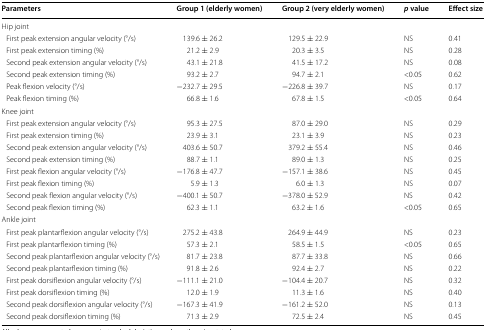
<table><thead><tr><td><b>Parameters</b></td><td><b>Group 1 (elderly women)</b></td><td><b>Group 2 (very elderly women)</b></td><td><b><i>p</i> value</b></td><td><b>Effect size</b></td></tr></thead><tbody><tr><td colspan="5">Hip joint</td></tr><tr><td> First peak extension angular velocity (°/s)</td><td>139.6 ± 26.2</td><td>129.5 ± 22.9</td><td>NS</td><td>0.41</td></tr><tr><td> First peak extension timing (%)</td><td>21.2 ± 2.9</td><td>20.3 ± 3.5</td><td>NS</td><td>0.28</td></tr><tr><td> Second peak extension angular velocity (°/s)</td><td>43.1 ± 21.8</td><td>41.5 ± 17.2</td><td>NS</td><td>0.08</td></tr><tr><td> Second peak extension timing (%)</td><td>93.2 ± 2.7</td><td>94.7 ± 2.1</td><td>&lt;0.05</td><td>0.62</td></tr><tr><td> Peak flexion velocity (°/s)</td><td>−232.7 ± 29.5</td><td>−226.8 ± 39.7</td><td>NS</td><td>0.17</td></tr><tr><td> Peak flexion timing (%)</td><td>66.8 ± 1.6</td><td>67.8 ± 1.5</td><td>&lt;0.05</td><td>0.64</td></tr><tr><td colspan="5">Knee joint</td></tr><tr><td> First peak extension angular velocity (°/s)</td><td>95.3 ± 27.5</td><td>87.0 ± 29.0</td><td>NS</td><td>0.29</td></tr><tr><td> First peak extension timing (%)</td><td>23.9 ± 3.1</td><td>23.1 ± 3.9</td><td>NS</td><td>0.23</td></tr><tr><td> Second peak extension angular velocity (°/s)</td><td>403.6 ± 50.7</td><td>379.2 ± 55.4</td><td>NS</td><td>0.46</td></tr><tr><td> Second peak extension timing (%)</td><td>88.7 ± 1.1</td><td>89.0 ± 1.3</td><td>NS</td><td>0.25</td></tr><tr><td> First peak flexion angular velocity (°/s)</td><td>−176.8 ± 47.7</td><td>−157.1 ± 38.6</td><td>NS</td><td>0.45</td></tr><tr><td> First peak flexion timing (%)</td><td>5.9 ± 1.3</td><td>6.0 ± 1.3</td><td>NS</td><td>0.07</td></tr><tr><td> Second peak flexion angular velocity (°/s)</td><td>−400.1 ± 50.7</td><td>−378.0 ± 52.9</td><td>NS</td><td>0.42</td></tr><tr><td> Second peak flexion timing (%)</td><td>62.3 ± 1.1</td><td>63.2 ± 1.6</td><td>&lt;0.05</td><td>0.65</td></tr><tr><td colspan="5">Ankle joint</td></tr><tr><td> First peak plantarflexion angular velocity (°/s)</td><td>275.2 ± 43.8</td><td>264.9 ± 44.9</td><td>NS</td><td>0.23</td></tr><tr><td> First peak plantarflexion timing (%)</td><td>57.3 ± 2.1</td><td>58.5 ± 1.5</td><td>&lt;0.05</td><td>0.65</td></tr><tr><td> Second peak plantarflexion angular velocity (°/s)</td><td>81.7 ± 23.8</td><td>87.7 ± 33.8</td><td>NS</td><td>0.66</td></tr><tr><td> Second peak plantarflexion timing (%)</td><td>91.8 ± 2.6</td><td>92.4 ± 2.7</td><td>NS</td><td>0.22</td></tr><tr><td> First peak dorsiflexion angular velocity (°/s)</td><td>−111.1 ± 21.0</td><td>−104.4 ± 20.7</td><td>NS</td><td>0.32</td></tr><tr><td> First peak dorsiflexion timing (%)</td><td>12.0 ± 1.9</td><td>11.3 ± 1.6</td><td>NS</td><td>0.40</td></tr><tr><td> Second peak dorsiflexion angular velocity (°/s)</td><td>−167.3 ± 41.9</td><td>−161.2 ± 52.0</td><td>NS</td><td>0.13</td></tr><tr><td> Second peak dorsiflexion timing (%)</td><td>71.3 ± 2.9</td><td>72.5 ± 2.4</td><td>NS</td><td>0.45</td></tr></tbody></table>